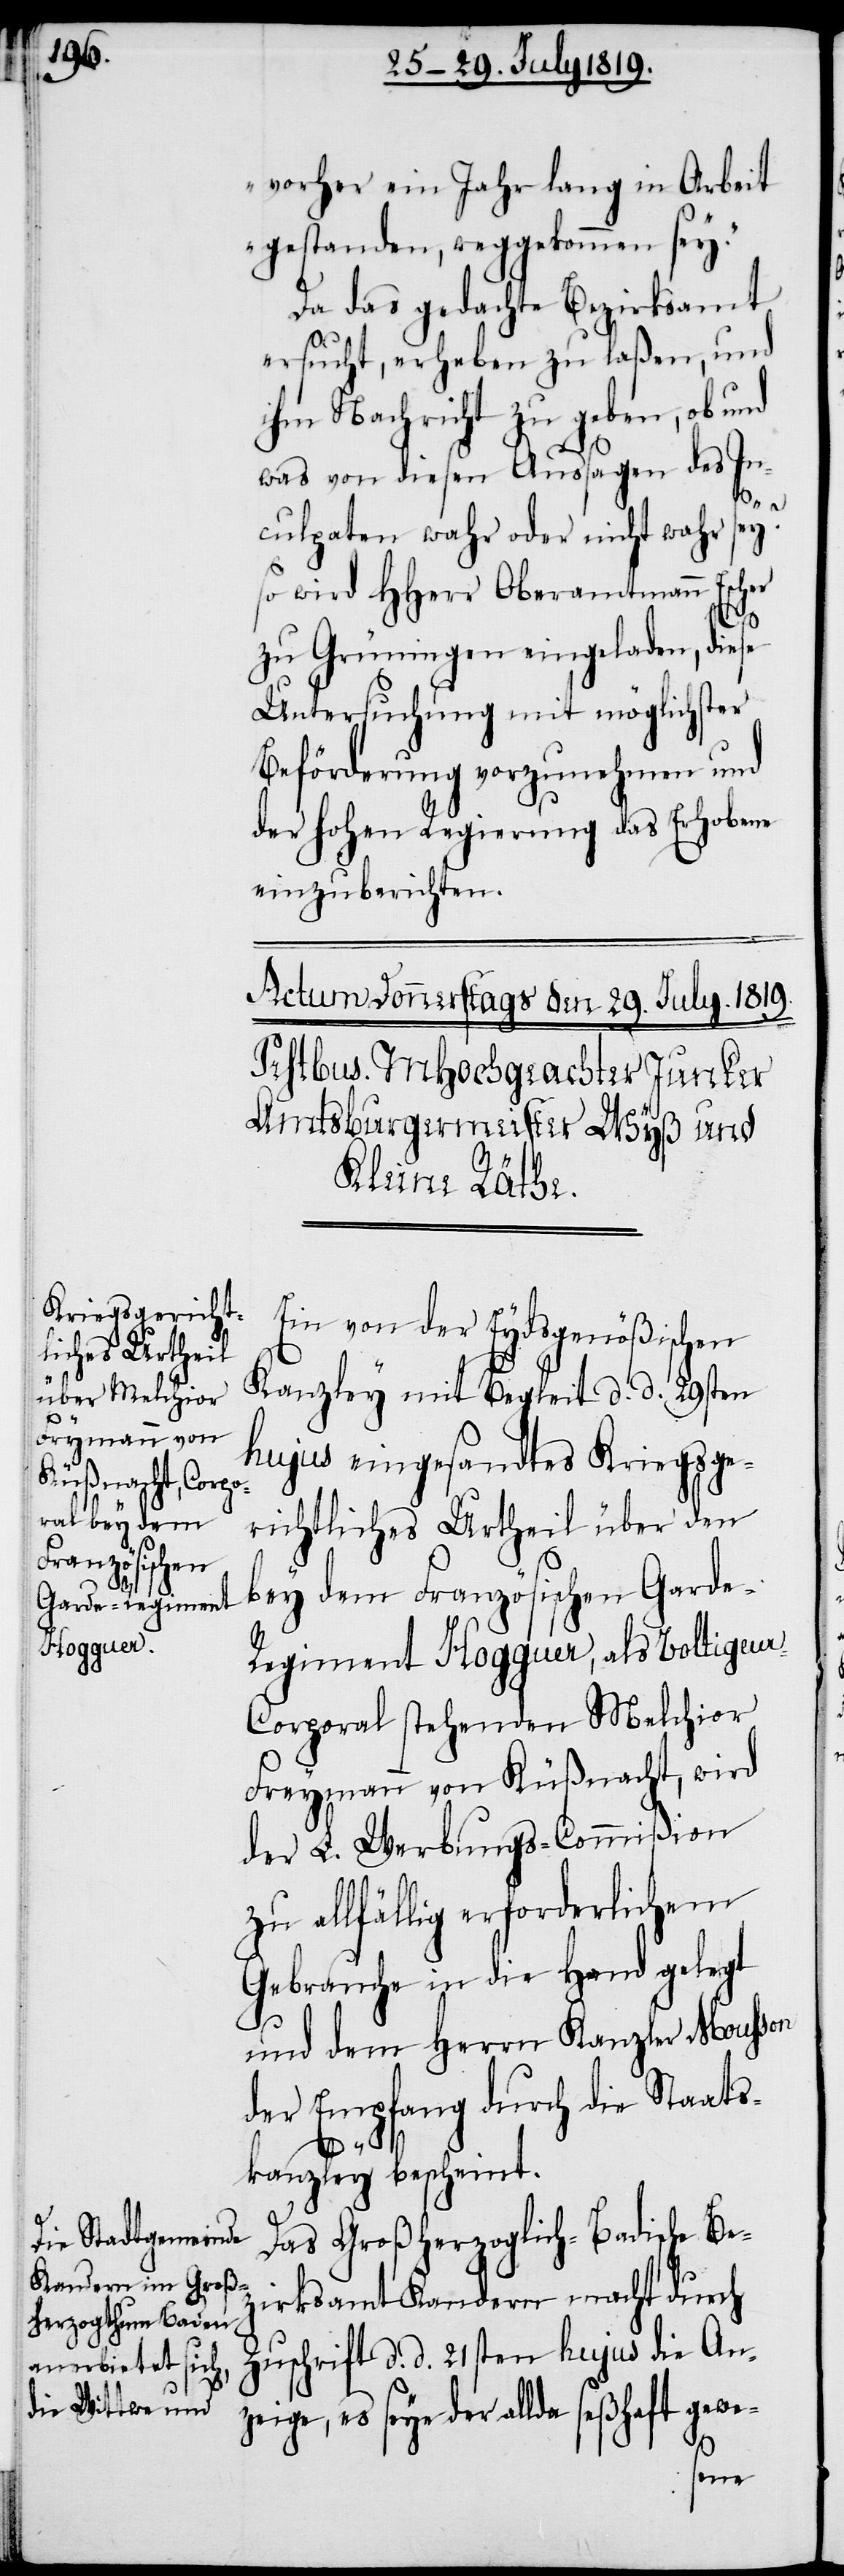
vorher ein Jahr lang in Arbeit
gestanden, weggekommen sey.“
Da das gedachte Bezirksamt
ersucht, erhaben zu laßen, und
ihm Nachricht zu geben, ob und
was von diesen Aussagen des In¬
culpaten wahr oder nicht wahr sey?
so wird HHerr Oberamtmann Escher
z¬
zu Grüningen eingeladen, diese
Untersuchung mit möglichster
Beförderung vorzunehmen und
der hohen Regierung das Erhobene
einzuberichten.
Ein von der Eydsgenößischen
Kanzley mit Begleit d. d. 29sten
hujus eingesandtes Kriegsge¬
richtliches Urtheil über den
bey dem Französischen Garde-R¬
egiment Hogguer, als Voltigeu¬
r-Corporal stehenden Melchior
Freymann von Küßnacht, wird
der L. Werbungs-Commißion
zu allfällig erforderlichem
Gebrauche in die Hand gelegt
und dem Herrn Kanzler Mousson
der Empfang durch die Staats¬
kanzley bescheint.
Das Großherzoglich-Badische Be¬
irksamt Kandern macht durch
Zuschrift d. d. 21sten hujus die An¬
zeige, es seye der allda seßhaft gewe-